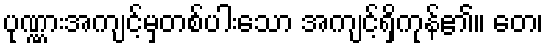
ပုဏ္ဏားအကျင့်မှတစ်ပါးသော အကျင့်ရှိကုန်၏။ တေ၊